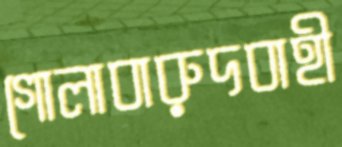
গোলাবারুদবাহী